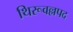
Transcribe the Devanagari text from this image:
थिरूवल्लपद